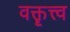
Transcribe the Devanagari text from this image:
वक्तॄत्त्व